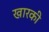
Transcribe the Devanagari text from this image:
खारकी